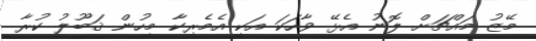
މޭޒު މައްޗަށް ލޮނު އެޅޭ ވާހަކަ އަކީ އެމެރިކާ މީހުން ޤަބޫލު ކުރާ